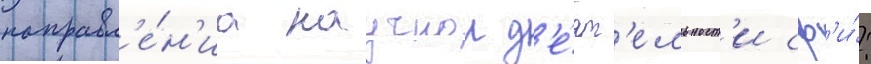
направл'е́н'иа научнои д'е́ят'ельност'и сф'и́: